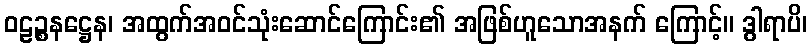
ဝဠဉ္စနဋ္ဌေန၊ အထွက်အဝင်သုံးဆောင်ကြောင်း၏ အဖြစ်ဟူသောအနက် ကြောင့်။ ဒွါရာပိ၊